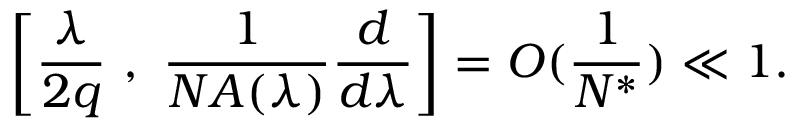
\left[ \frac { \lambda } { 2 q } \ , \ \frac { 1 } { N A ( \lambda ) } \frac { d } { d \lambda } \right] = O ( \frac { 1 } { N ^ { * } } ) \ll 1 .